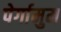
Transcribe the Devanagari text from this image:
पेर्गामुम